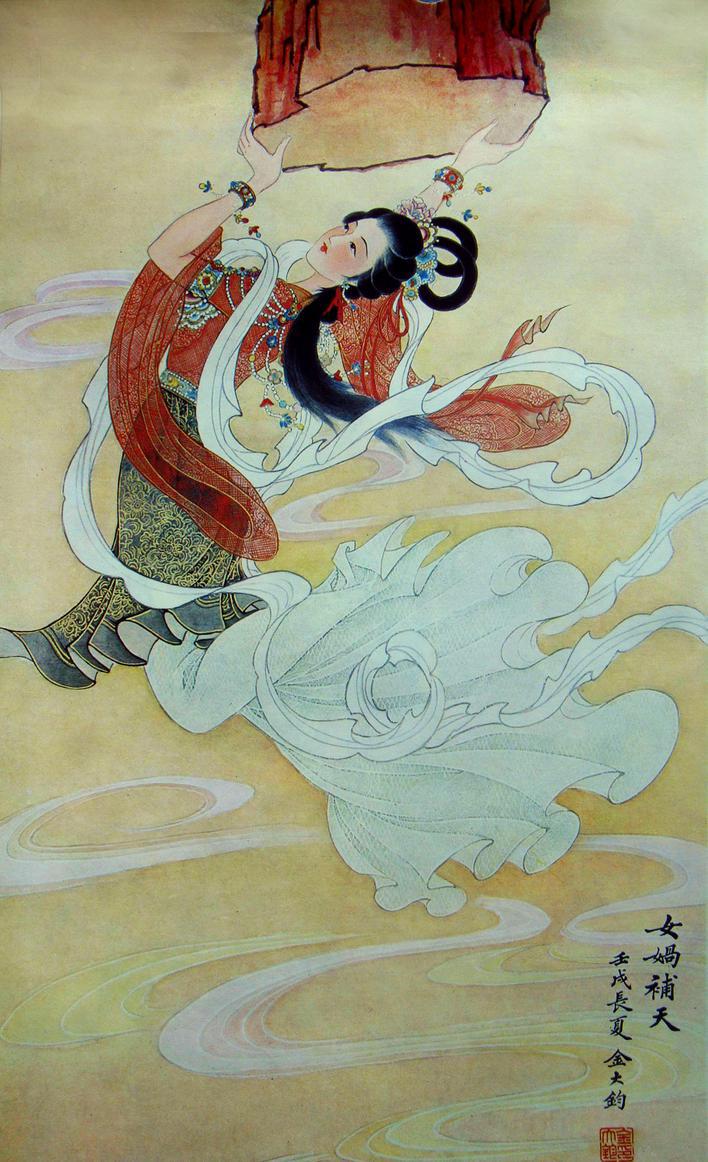
女娲炼石补天处，石破天惊逗秋雨。